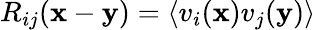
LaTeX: R_{ij}({\textbf{x}-\textbf{y}})=\langle v_{i}(\mathrm{{\textbf{x}}})v_{j}(\mathrm{{\textbf{y}}})\rangle